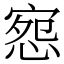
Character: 惌